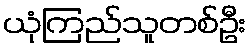
ယုံကြည်သူတစ်ဦး